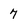
Character: 7